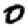
Digit: 0